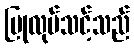
ပြုလုပ်သင့်သည်